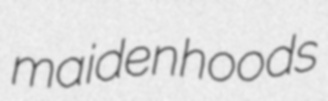
maidenhoods